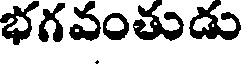
భగవంతుడు